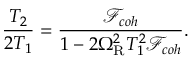
\frac { T _ { 2 } } { 2 T _ { 1 } } = \frac { \mathcal { F } _ { c o h } } { 1 - 2 \Omega _ { \mathrm { R } } ^ { 2 } T _ { 1 } ^ { 2 } \mathcal { F } _ { c o h } } .